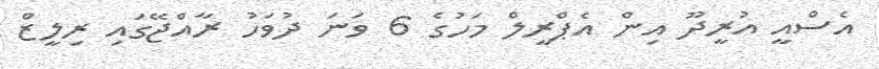
އެސްއީ އުރީދޫ އިން އެޕްރީލް މަހުގެ 6 ވަނަ ދުވަހު ރާއްޖޭގައި ރިލީޒް